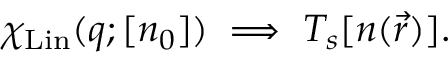
\chi _ { \mathrm { L i n } } ( q ; [ n _ { 0 } ] ) \implies T _ { s } [ n ( \vec { r } ) ] .